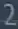
2